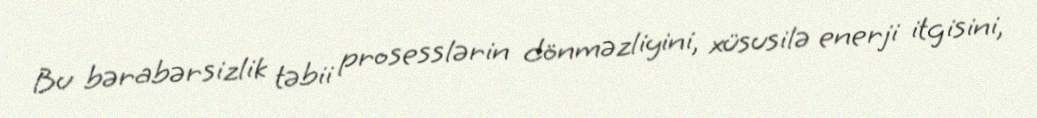
Bu bərabərsizlik təbii prosesslərin dönməzliyini, xüsusilə enerji itgisini,